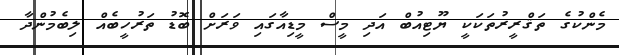
މެންކުގެ ތަޤްރީރުތަކަކީ ޔޫޓިއުބް އަދި މީސް މީޑިއާގައި ވަރަށް ބޮޑު ތަރުހީބެއް ލިބެމުންދާ